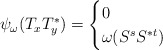
\begin{align*}\psi_\omega(T_xT_y^*)=\begin{cases}0&\\\omega(S^sS^{*t})&\end{cases}\end{align*}